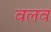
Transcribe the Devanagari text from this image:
वलव